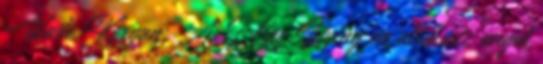
Wade Kergan: As I Lay Dying en allmusic angol